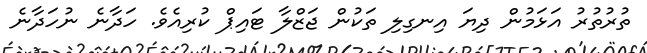
ތުރުތުރު އަޅަމުން ދިޔަ އިނގިލި ތަކުން ޖަޒްލާ ޓައިޕް ކުރިއެވެ. ހަދާނެ ނުހަދާނެ